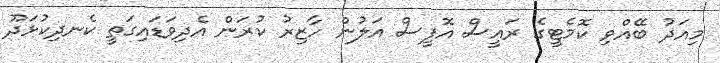
މިއަދު ބޭއްވި ކޮމެޓީގެ ރައީސް އޮފީސް އަލުން ހާޒިރު ކުރަން އެދިވަޑައިގަތީ ކެނދިކުޅަދޫ